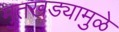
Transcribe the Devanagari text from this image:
मुतखड्यामुळे